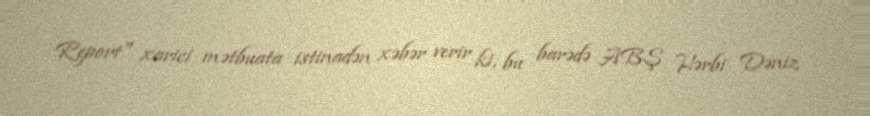
Report" xarici mətbuata istinadən xəbər verir ki, bu barədə ABŞ Hərbi Dəniz